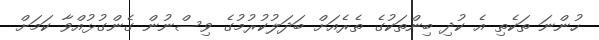
ހުންނަ ތަކެތި އެ ކުދި ބިންތަކުގެ ތެރެއަށް ބަދަލުކުރުމުގެ ވިސްނުން ގެންގުޅުއްވާ ކަމަށް